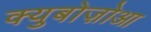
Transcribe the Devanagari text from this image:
क्युबोज़ोआ